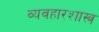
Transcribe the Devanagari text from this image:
व्यवहारशास्त्र